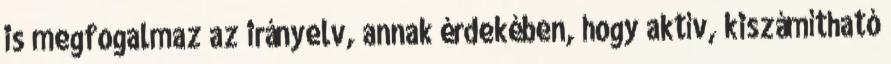
is megfogalmaz az irányelv, annak érdekében, hogy aktív, kiszámítható